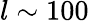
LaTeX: l\sim 100